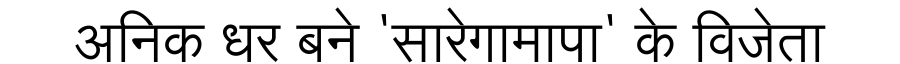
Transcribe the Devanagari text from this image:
अनिक धर बने 'सारेगामापा' के विजेता